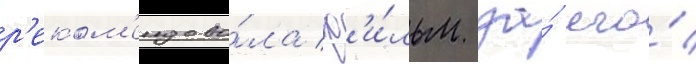
р'еком'ендова́ла ф'и́льм за́ его́